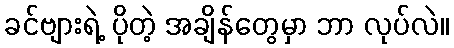
ခင်ဗျားရဲ့ ပိုတဲ့ အချိန်တွေမှာ ဘာ လုပ်လဲ။